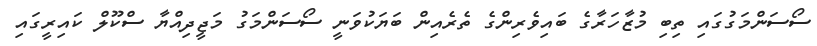
ސޯސަންމަގުގައި ތިބި މުޒާހަރާގެ ބައިވެރިންގެ ތެރެއިން ބަޔަކުވަނީ ސޯސަންމަގު މަޖީދިއްޔާ ސްކޫލް ކައިރީގައި